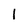
Character: 1